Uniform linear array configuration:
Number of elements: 64
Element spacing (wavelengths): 1
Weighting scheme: uniform
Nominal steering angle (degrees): -15
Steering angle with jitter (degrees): -16.619
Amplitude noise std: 0.05
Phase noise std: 0.05

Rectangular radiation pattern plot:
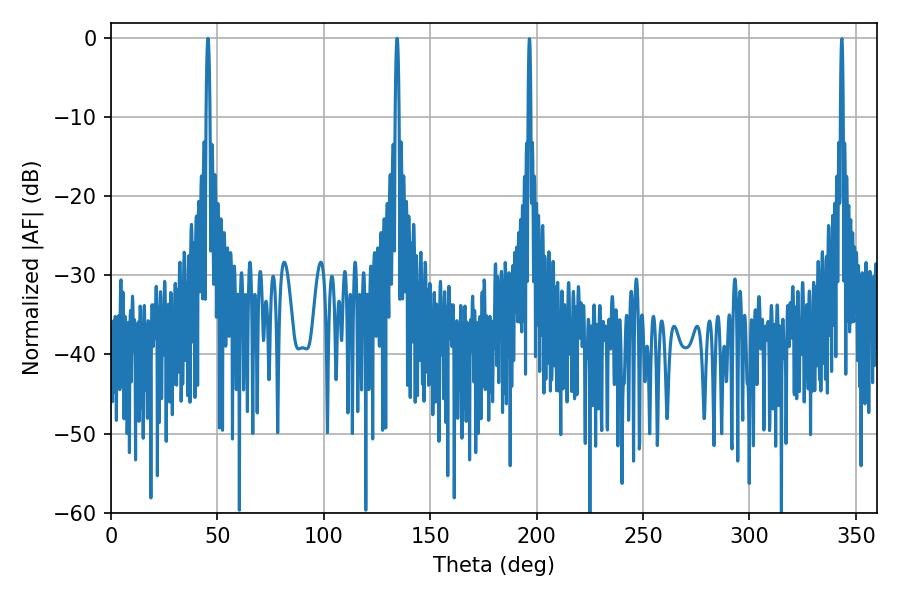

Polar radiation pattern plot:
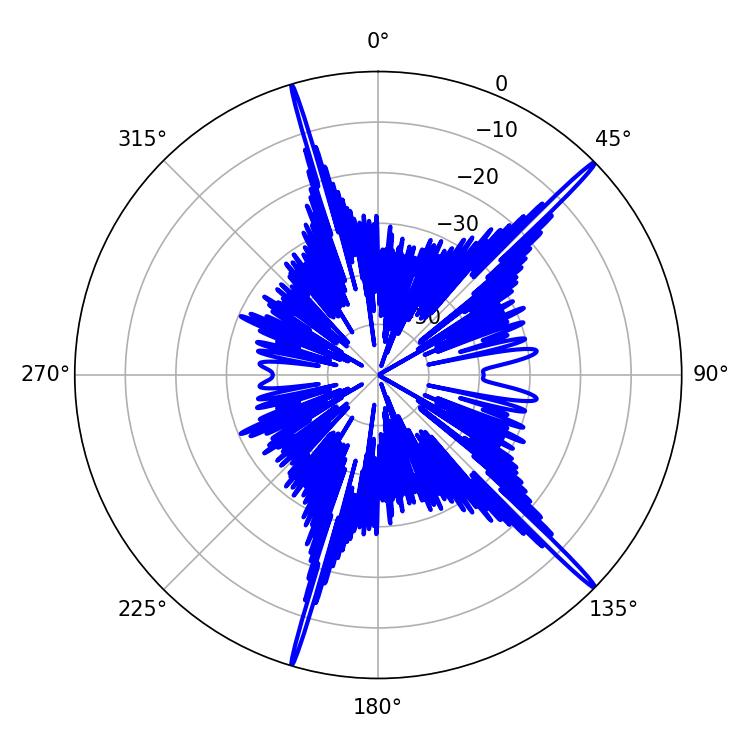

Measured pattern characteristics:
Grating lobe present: TRUE
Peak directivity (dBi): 19.46
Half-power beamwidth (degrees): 0.9
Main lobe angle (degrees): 45.54